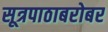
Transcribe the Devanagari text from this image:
सूत्रपाठाबरोबर